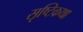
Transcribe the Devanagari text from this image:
सृष्टिकथा